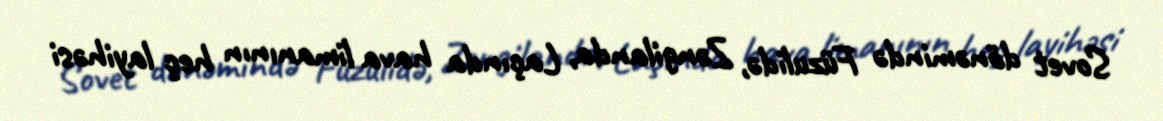
Sovet dönəmində Füzulidə, Zəngilanda, Laçında hava limanının heç layihəsi